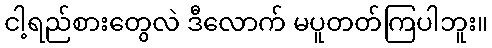
ငါ့ရည်စားတွေလဲ ဒီလောက် မပူတတ်ကြပါဘူး။